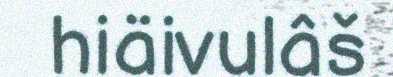
hiäivulâš